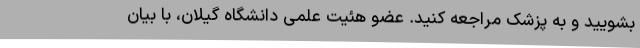
بشویید و به پزشک مراجعه کنید. عضو هئیت علمی دانشگاه گیلان، با بیان